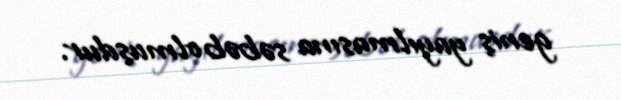
geniş yayılmasına səbəb olmuşdur.